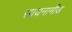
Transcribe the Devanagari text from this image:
सायनामीड